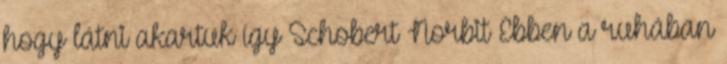
hogy látni akartuk így Schobert Norbit Ebben a ruhában